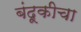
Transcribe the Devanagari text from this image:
बंदूकीचा